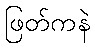
ဖြတ်ကနဲ